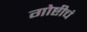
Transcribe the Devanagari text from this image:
गोष्टीचं